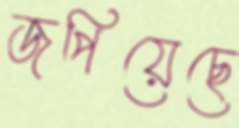
জপিয়েছে